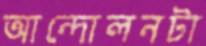
আন্দোলনটা